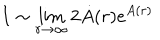
I \sim \lim _ { r \to \infty } 2 \dot { A } ( r ) e ^ { A ( r ) }